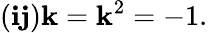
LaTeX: (\mathbf{ij})\mathbf{k}=\mathbf{k}^{2}=-1.